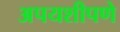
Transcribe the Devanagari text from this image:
अपयशीपणे